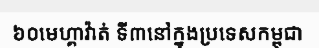
៦០មេហ្គាវ៉ាត់ ទី៣នៅក្នុងប្រទេសកម្ពុជា